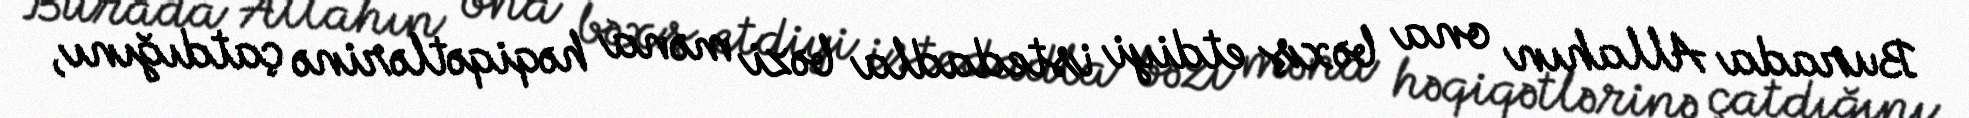
Burada Allahın ona bəxş etdiyi istedadla bəzi məna həqiqətlərinə çatdığını,